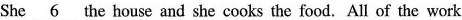
She \underline{6} the house and she cooks the food. All of the work